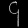
Digit: ၄